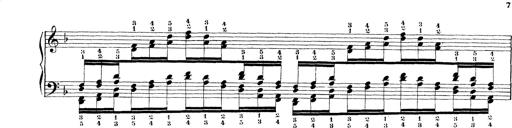
Title: Technische Studien
Composer: Franz Liszt